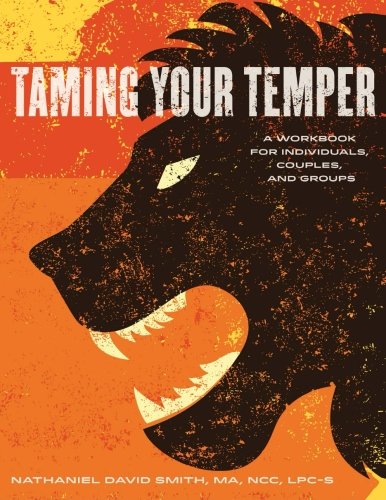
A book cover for Taming Your Temper: A Workbook for Individuals, Couples, and Groups; Nathaniel David Smith LPC; Self-Help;